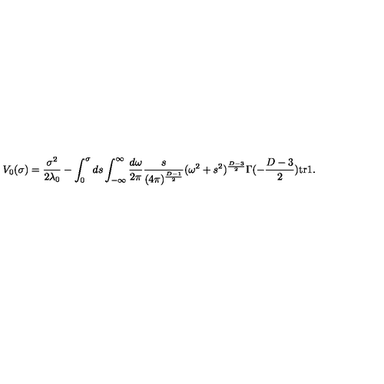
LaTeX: V _ { 0 } ( \sigma ) = \frac { \sigma ^ { 2 } } { 2 \lambda _ { 0 } } - \int _ { 0 } ^ { \sigma } d s \int _ { - \infty } ^ { \infty } \frac { d \omega } { 2 \pi } \frac { s } { ( 4 \pi ) ^ { \frac { D - 1 } { 2 } } } ( \omega ^ { 2 } + s ^ { 2 } ) ^ { \frac { D - 3 } { 2 } } \Gamma ( - \frac { D - 3 } { 2 } ) \mathrm { t r } \mathrm { \boldmath 1 } .